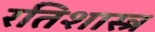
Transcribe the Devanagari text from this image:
रतिशास्त्र